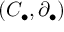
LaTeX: ( C _ { \bullet } , \partial _ { \bullet } )